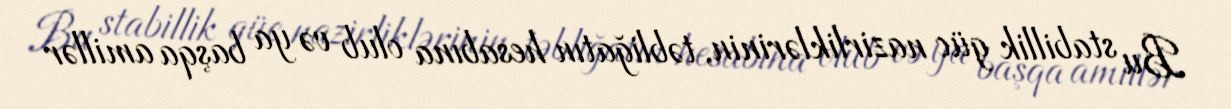
Bu stabillik güc nazirliklərinin, təbliğatın hesabına olub və ya başqa amillər